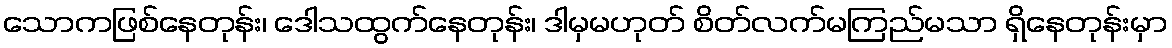
သောကဖြစ်နေတုန်း၊ ဒေါသထွက်နေတုန်း၊ ဒါမှမဟုတ် စိတ်လက်မကြည်မသာ ရှိနေတုန်းမှာ